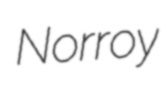
Norroy